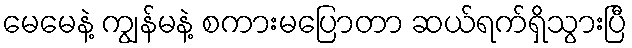
မေမေနဲ့ ကျွန်မနဲ့ စကားမပြောတာ ဆယ်ရက်ရှိသွားပြီ